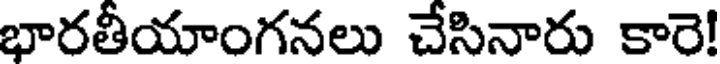
భారతీయాంగనలు చేసినారు కారె!